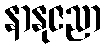
နာနုဇညာ